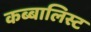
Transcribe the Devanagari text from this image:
कब्बालिस्ट